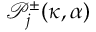
\mathcal { P } _ { j } ^ { \pm } ( \kappa , \alpha )